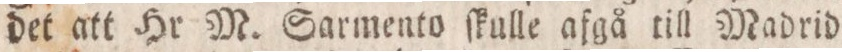
det att Hr M. Sarmento ſkulle afgå till Madrid